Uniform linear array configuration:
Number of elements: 16
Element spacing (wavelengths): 0.25
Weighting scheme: uniform
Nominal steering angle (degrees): -45
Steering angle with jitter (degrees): -46.57
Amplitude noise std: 0.05
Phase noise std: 0.05

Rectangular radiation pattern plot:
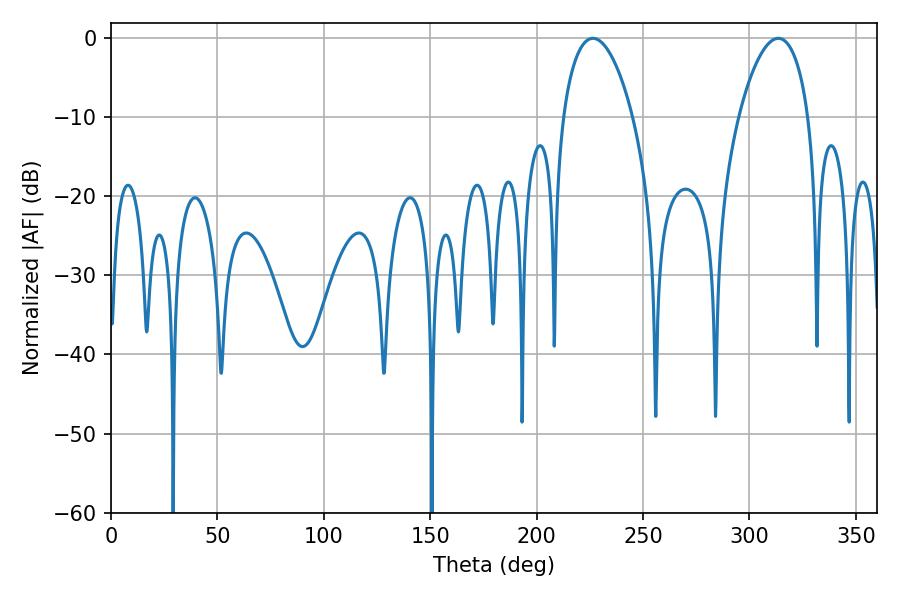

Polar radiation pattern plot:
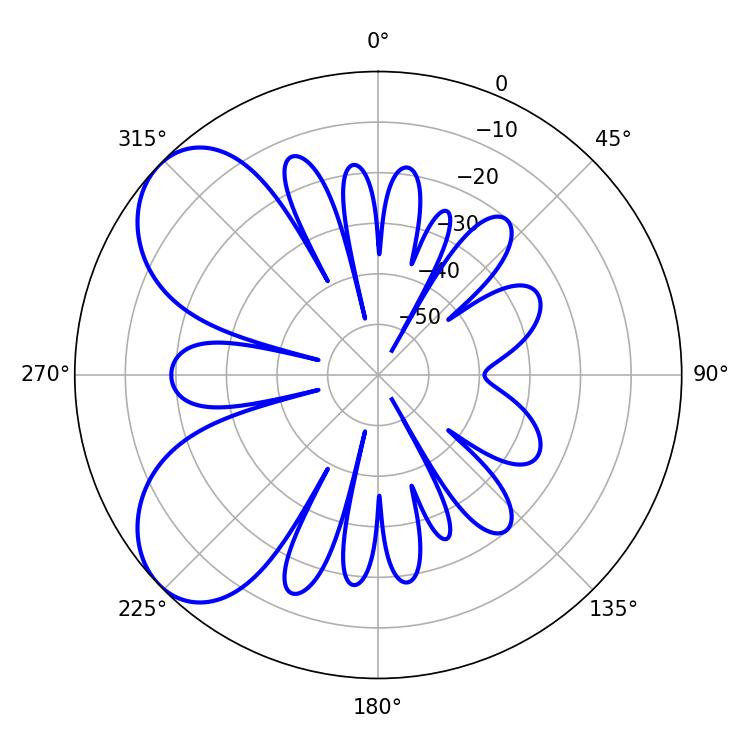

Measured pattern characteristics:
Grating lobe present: FALSE
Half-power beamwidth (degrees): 18.54
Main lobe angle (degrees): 226.44